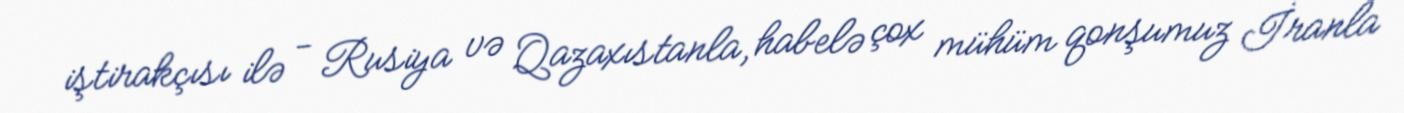
iştirakçısı ilə - Rusiya və Qazaxıstanla, habelə çox mühüm qonşumuz İranla